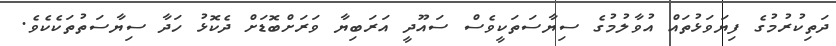
ދަތިކުރުމުގެ ފިޔަވަޅުތައް އުވާލުމުގެ ސިޔާސަތަކީވެސް ސައޫދީ އަރަބިޔާ ވަރަށްބޮޑަށް ދެކޮޅު ހަދާ ސިޔާސަތުތަކެކެވެ.